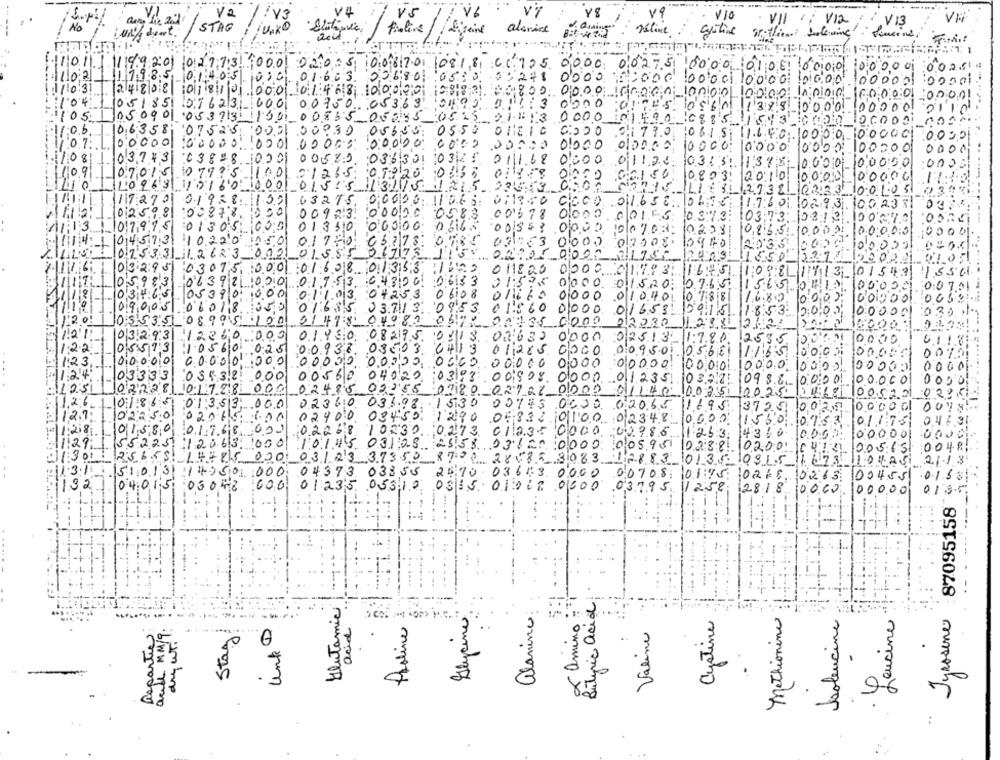
V2
V5
Y 8
v9
! V3
VIO
VII 1; V12
V13
VE
No
STAG
Proline
feine
alsnice
dent.
Suline withieni bilening i sineine,
1011 11199201 02773 000 02005 008 70 0818 66 125 0000
06275 :5000 0106 60000000
10:21
1985
100%
11985 01405 010 01.603 00680 0510 01248
10:1:40
1 000 100 001 10000 000000000
1/10:31
24808 01810 000 01468 00000088
0000 6000000000 0000-60
1.04
05185 016231 600
00750 05363 0190 01
0
no
5 056^ 1388 0000 0000
105
105 0901
"0 5 3 913: 11901
00
-06235 0515
0000
90 0815 1543
06358
11:0.6
07525
056,55
0550
0
0.1 77.0. 10615 11.6.40
0000
2001
0.7:
0'0000
100000
02
00000
0000
0.000
000.00
10000 0000
0000 00001 00000
0.3.743
:03828, 10201 00583.
:036
0000 01124
0.3 1 31. 1.37;
:000
.0000
109
070
10 75
2126.5
150
0803 2010
2010 0000 100000 1110
1210
L'0 2631
10
001
015:5
1311/5
000
J. € 3.1 13.7.3 2!
1727 0 01928 1109
3
00695
Ci
.00. 011.65 6.
17:401 0293 1002331 037
1.7:
02598
00
00923
0009
:05
0 . 001.15: 0.3:13:
03:73;
5313
1:3
19%
:01
03:01
01350
00000
0.616
0
2. 100703.
10208
10,26
100021 000001 0000
045931
10220
5373.
029 1000001 0206
0.75331 12623
01555
817178
5.50
03295 030
000 010801353 16
1622 011820 0000 0111931
16451
0981111301542 1556
05983
063
000 01753 64306
0618
0 1520
0000000711
181
4.C
0539
00
01103
15
0610
01040
000001 005
00%
016
3.71
09:53.
10
01653
59:15
10
030
20
01
82
10:54
135
0 8. 9
064
100
02220
03293
2
0,
108113.
0
025.13
1.7.80
125
0000
11:22
.02
1 .0:25
00933
0
00950
0.5.68
00% !!
11:23
Dio
0.00
0600
0
0
00000
10000
10 0,0101.
100000
1124
03333
0.3.5.3.8.
20
0393
00
00
0
012351
10988 0000 100000
09
0
0000
1105
10.117
2
55
07180
02
01140
00351
100252018 0052010236
1126
000
D.23
03
00%
0 1:3.5
.98 -1530
#3
0600 02065
1695
3725
0029
1121;
10225
0201
0246
450 1290
.0583
0100 02348
00.00
01175
0.46.31
#11:218
01580
:0.1.7. 618
022-8
10230 0273 0123
10000
1.253;
14360
0.0.0.
00000
11:29
55225 2063
000
03123
58
0,000
005951
0288 0200
21301
000
005.65
03/23 37350
8730 28482 3083
3083 18883 0136-10915 1678 11
2.1.1.3
11.31
51013 14750 000
04373 03855
2470 03643 0000
00708 0115 0265 0263
10
0.1.58
132
04015 05048 600
01235 05310
0515 01000000
03795.
12:58
1258 2818 0060
00000
0.13.
Tyrosine:87095158
Glutamic
x amino :
Butyric acid
Methionine
Glycine
alanina
Cystine
boleucine
Leucine
and MM/9:
acid
Proline
Repartir
drywt !!
Stag!
Valine
.
. 3